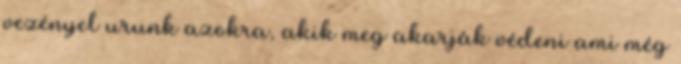
vezényel urunk azokra, akik meg akarják védeni ami még